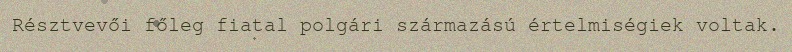
Résztvevői főleg fiatal polgári származású értelmiségiek voltak.